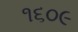
૧૬૦૯